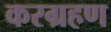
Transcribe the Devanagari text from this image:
करग्रहण